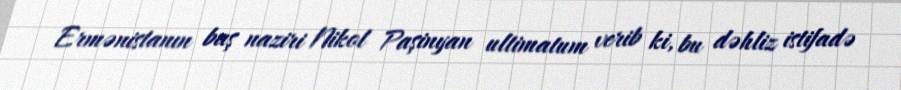
Ermənistanın baş naziri Nikol Paşinyan ultimatum verib ki, bu dəhliz istifadə